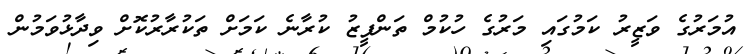
އުމަރުގެ ވަޒީރު ކަމުގައި މަރުގެ ހުކުމް ތަންފީޒު ކުރާނެ ކަމަށް ތަކުރާރުކޮށް ވިދާޅުވަމުން